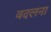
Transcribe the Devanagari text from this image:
वदलना